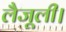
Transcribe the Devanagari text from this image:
लैजूली।